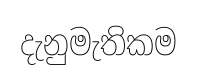
දැනුමැතිකම